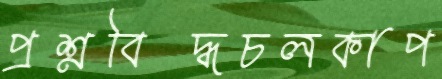
প্রশ্নবিদ্ধচলকাপ